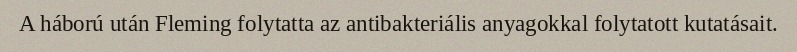
A háború után Fleming folytatta az antibakteriális anyagokkal folytatott kutatásait.